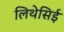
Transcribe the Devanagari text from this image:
लिथेसिई